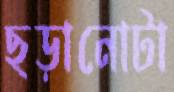
ছড়ানোটা